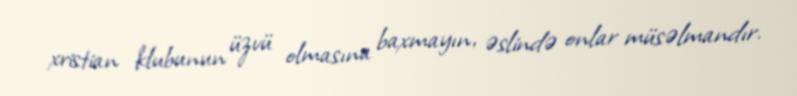
xristian klubunun üzvü olmasına baxmayın, əslində onlar müsəlmandır.